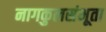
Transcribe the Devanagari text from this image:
नागकुलसंभूता